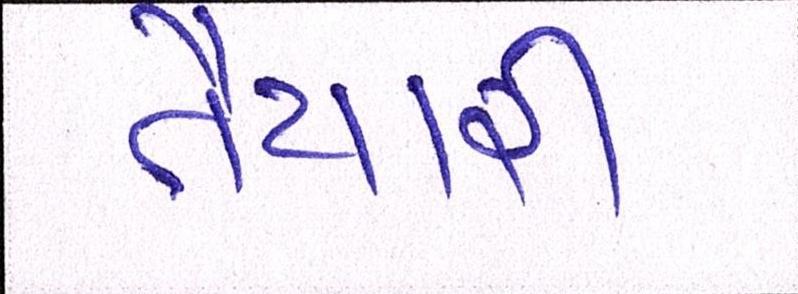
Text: તૈયારી